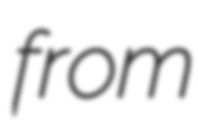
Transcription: from